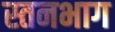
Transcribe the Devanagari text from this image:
स्तनभाग